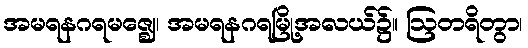
အမရနဂရမဇ္ဈေ၊ အမရနဂရမြို့အလယ်၌။ ဩတရိတွာ၊